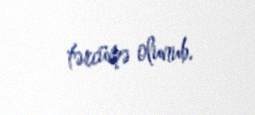
tərcümə olunub.